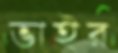
ভাইর